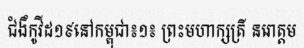
ជំងឹកូវីដ១៩នៅកម្ពុជា៖១៖ ព្រះមហាក្សត្រី នរោត្តម